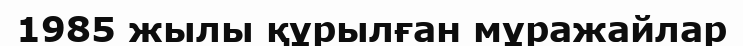
1985 жылы құрылған мұражайлар